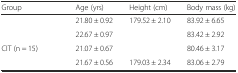
<table><thead><tr><td><b>Group</b></td><td><b>Age (yrs)</b></td><td><b>Height (cm)</b></td><td><b>Body mass (kg)</b></td></tr></thead><tbody><tr><td>[EMPTY_CELL]</td><td>21.80 ± 0.92</td><td>179.52 ± 2.10</td><td>83.92 ± 6.65</td></tr><tr><td>[EMPTY_CELL]</td><td>22.67 ± 0.97</td><td>[EMPTY_CELL]</td><td>83.42 ± 2.92</td></tr><tr><td>CIT (n = 15)</td><td>21.07 ± 0.67</td><td>[EMPTY_CELL]</td><td>80.46 ± 3.17</td></tr><tr><td>[EMPTY_CELL]</td><td>21.67 ± 0.56</td><td>179.03 ± 2.34</td><td>83.06 ± 2.79</td></tr></tbody></table>